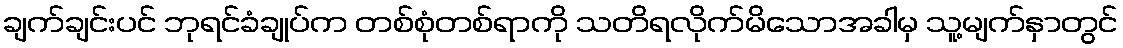
ချက်ချင်းပင် ဘုရင်ခံချုပ်က တစ်စုံတစ်ရာကို သတိရလိုက်မိသောအခါမှ သူ့မျက်နှာတွင်